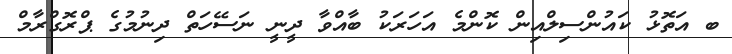
ބ އަތޮޅު ކައުންސިލްއިން ކޮންމެ އަހަރަކު ބާއްވާ ދީނީ ނަސޭހަތް ދިނުމުގެ ޕްރޮގްރާމް